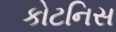
કોટનિસ